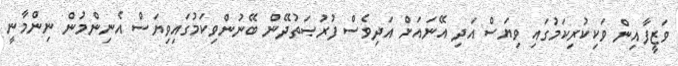
ވަޒީފާއިން ވަކިކުރިކަމުގައި ވިޔަސް އަދި އޭނައަށް އަދިވެސް ފުރުޞަތުދޭން ބޭނުންވިކަމުގައިވިޔަސް އެނިންމުން ނިންމާނީ